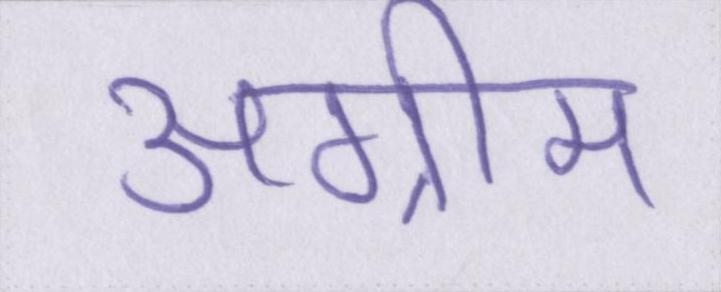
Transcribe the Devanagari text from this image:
अग्रीम